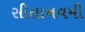
સીતાનવમી